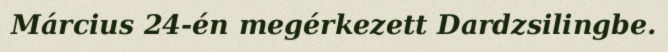
Március 24-én megérkezett Dardzsilingbe.